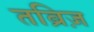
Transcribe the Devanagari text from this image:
तब्रिज़